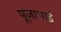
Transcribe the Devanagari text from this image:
पूजाभाई